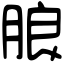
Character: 朖